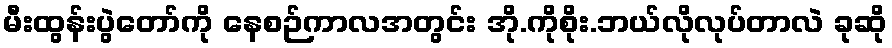
မီးထွန်းပွဲတော်ကို နေစဉ်ကာလအတွင်း အို.ကိုစိုး.ဘယ်လိုလုပ်တာလဲ ခုဆို